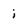
Character: i